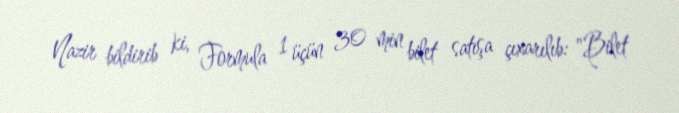
Nazir bildirib ki, Formula 1 üçün 30 min bilet satışa çıxarılıb: "Bilet